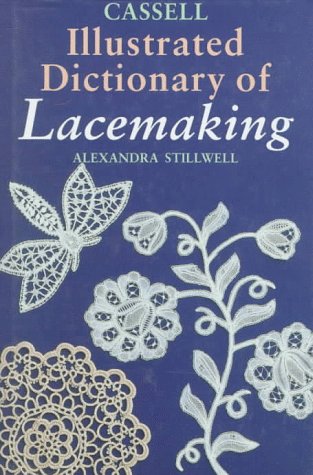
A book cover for Cassell Illustrated Dictionary of Lacemaking; Alexandra Stillwell; Crafts, Hobbies & Home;